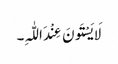
لَایَسْتَونَ عِنْدَ اللّٰہِ۔